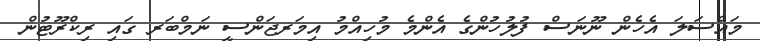
މައްސަލަ އެހެން ނޫނަސް ފުލުހުންގެ އެންމެ މުހިއްމު އިމަރޖަންސީ ނަމްބަރ ގައި ރިކްރޫޓުން